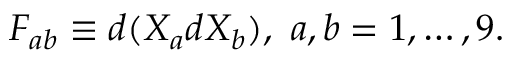
F _ { a b } \equiv d ( X _ { a } d X _ { b } ) , \, \, a , b = 1 , \ldots , 9 .